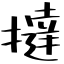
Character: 撻